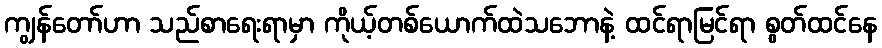
ကျွန်တော်ဟာ သည်စာရေးရာမှာ ကိုယ့်တစ်ယောက်ထဲသဘောနဲ့ ထင်ရာမြင်ရာ စွတ်ထင်နေ